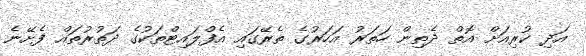
އަދި ކުރިއަށް އޮތް ދެތިން ހަތަރު އަހަރުގެ ތެރޭގައި އެފްލައިޓްތަކުގެ ދަތުރުތައް ފެށޭނެ